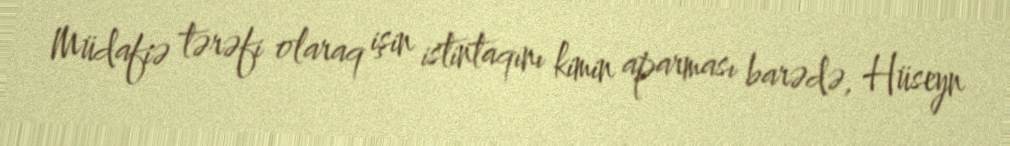
Müdafiə tərəfi olaraq işin istintaqını kimin aparması barədə, Hüseyn